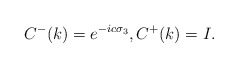
\begin{align*}C^-(k)=e^{- i c \sigma_3}, C^+(k)={I}.\end{align*}